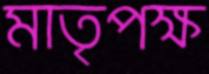
মাতৃপক্ষ